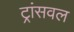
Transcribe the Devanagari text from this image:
ट्रांसवल